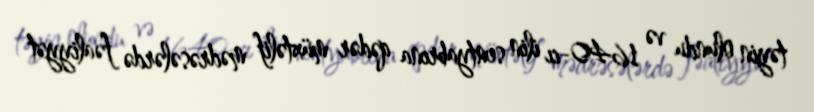
təyin olundu və 1640-cı ilin sentyabrına qədər müxtəlif mədrəsələrdə fəaliyyət